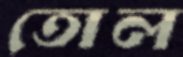
তোল